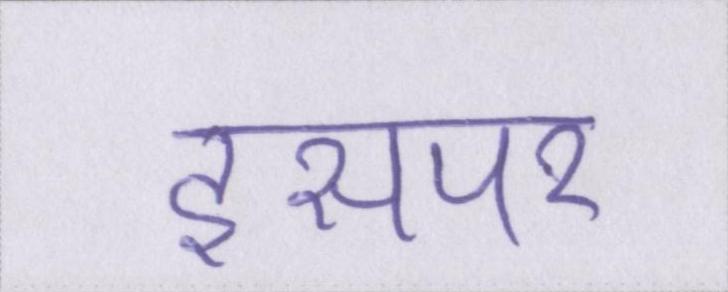
इसपर